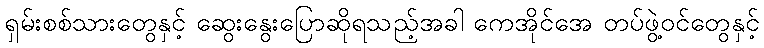
ရှမ်းစစ်သားတွေနှင့် ဆွေးနွေးပြောဆိုရသည့်အခါ ကေအိုင်အေ တပ်ဖွဲ့ဝင်တွေနှင့်